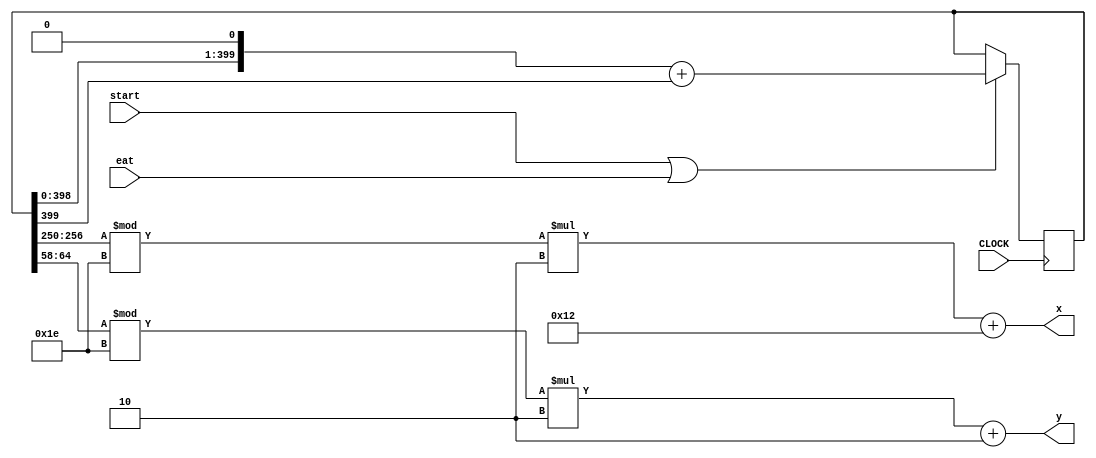
`timescale 1ns / 1ps
//////////////////////////////////////////////////////////////////////////////////
// Company: 
// Engineer: 
// 
// Design Name: 
// Module Name: random_coordinates
// Project Name: 
// Target Devices: 
// Tool Versions: 
// Description: 
// 
// Dependencies: 
// 
// Revision:
// Revision 0.01 - File Created
// Additional Comments:
// 
//////////////////////////////////////////////////////////////////////////////////


module random_coordinates(
    input CLOCK, eat, start,
    output [6:0] x, y
    );
    
    reg [399:0] list = 400'b0101101011100100100010001001000000000111100101010101011001101101110100110101101100011111010010101010111110001110110011111101010000010101101101110101010011111111100110000100110010101000110000101001011001010000000001010110111011010101010011000101010100010111111100011101110010110110111010101000010110110101001010101010101010001010001011111111111000011100110010001000000111101010010101000010101010101010;
    reg temp;
    
    always @ (posedge CLOCK) begin
        if (start || eat) begin
            temp = list[399];
            list = list << 1;
            list = list + temp;
        end
    end
    
    assign x = (list[256:250]%30)*2 + 18;
    assign y = (list[64:58]%30)*2 + 2;
    
endmodule